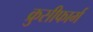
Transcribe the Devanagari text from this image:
क्रुसीफार्म